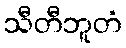
သီတီဘူတံ